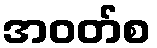
အဝတ်စ